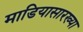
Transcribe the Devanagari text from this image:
माडियासारख्या